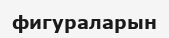
фигураларын